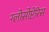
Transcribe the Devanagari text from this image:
ग्लोसोप्टेरिस